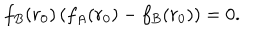
f _ { B } ( r _ { 0 } ) \left( f _ { A } ( r _ { 0 } ) - f _ { B } ( r _ { 0 } ) \right) = 0 .